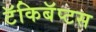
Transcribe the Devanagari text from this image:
टॅकिबॅप्टस